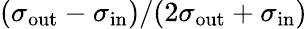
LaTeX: (\sigma_{\mathrm{out}}-\sigma_{\mathrm{in}})/(2\sigma_{\mathrm{out}}+\sigma_{\mathrm{in}})